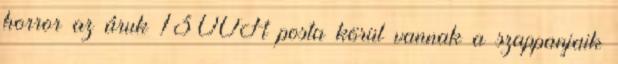
horror az áruk 1300Ft posta körül vannak a szappanjaik